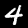
Label: 4